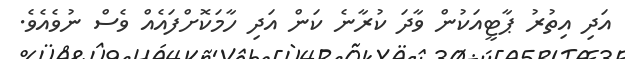
އަދި އިތުރު ޕާޓީއަކުން ވާދަ ކުރާނެ ކަން އަދި ހާމަކޮށްފައެއް ވެސް ނުވެއެވެ.